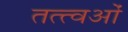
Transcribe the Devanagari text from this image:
तत्त्वओं